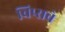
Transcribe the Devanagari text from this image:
चिप्सचे